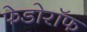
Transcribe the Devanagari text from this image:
फेडोरॉफ